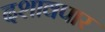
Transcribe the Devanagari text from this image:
दशावपार